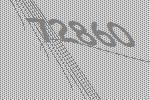
72860